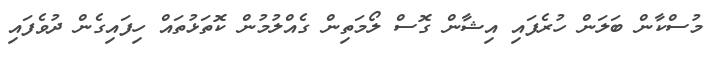
މުސްކާން ބަލަން ހުރެފައި އިޝާން ގޮސް ލޯމަތިން ގެއްލުމުން ކޮތަޅުތައް ހިފައިގެން ދުވެފައި